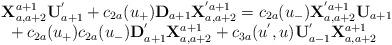
LaTeX: \begin{align*}\begin{array}{l}{\bf X}^{a+1}_{a,a+2}{\bf U}^{'}_{a+1}+c_{2a}(u_{+}){\bf D}_{a+1}{\bf X}^{'a+1}_{a,a+2}=c_{2a}(u_{-}){\bf X}^{'a+1}_{a,a+2}{\bf U}_{a+1}\\\mbox{ }+c_{2a}(u_{+})c_{2a}(u_{-}){\bf D}^{'}_{a+1}{\bf X}^{a+1}_{a,a+2}+c_{3a}(u^{'},u){\bf U}_{a-1}^{'}{\bf X}^{a+1}_{a,a+2}\end{array}\end{align*}